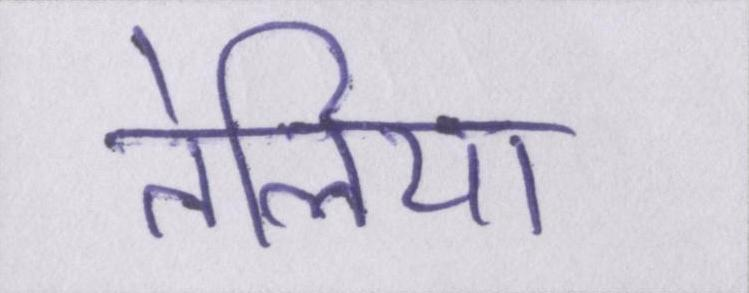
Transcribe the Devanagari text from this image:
तेलिया